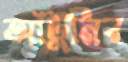
আঁটুনির